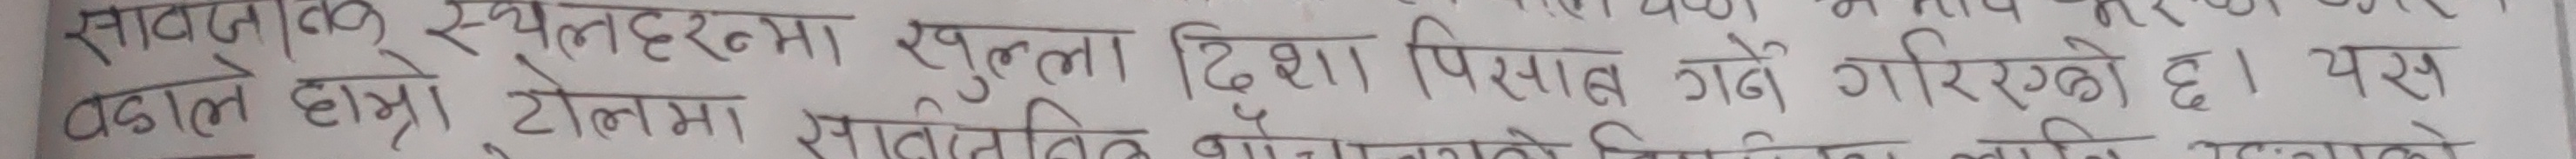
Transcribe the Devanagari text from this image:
सार्वजनिक स्थलहरुमा खुला दिशा पिसाब गर्ने गरिएको छ । यस
बदले हाम्रै टोलमा सातामा एक बोनचाली अभियान लागि अगाडि